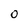
Character: 0